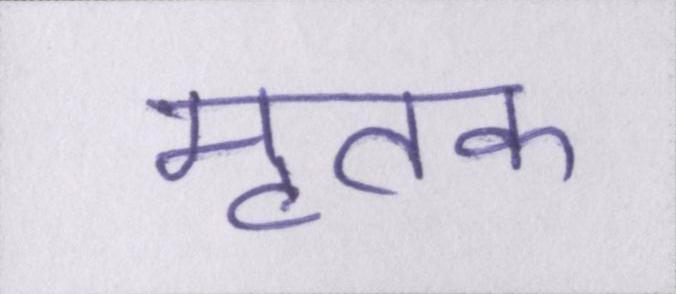
मृतक